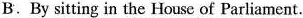
B. By sitting in the House of Parliament.